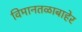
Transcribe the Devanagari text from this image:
विमानतळाबाहेर